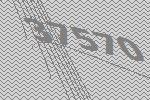
37570